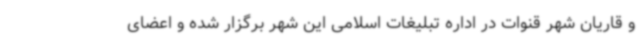
و قاریان شهر قنوات در اداره تبلیغات اسلامی این شهر برگزار شده و اعضای